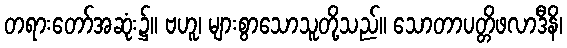
တရားတော်အဆုံး၌။ ဗဟူ၊ များစွာသောသူတို့သည်။ သောတာပတ္တိဖလာဒီနိ၊